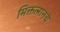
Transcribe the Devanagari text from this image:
मिक्तलानचे